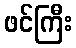
ဖင်ကြီး